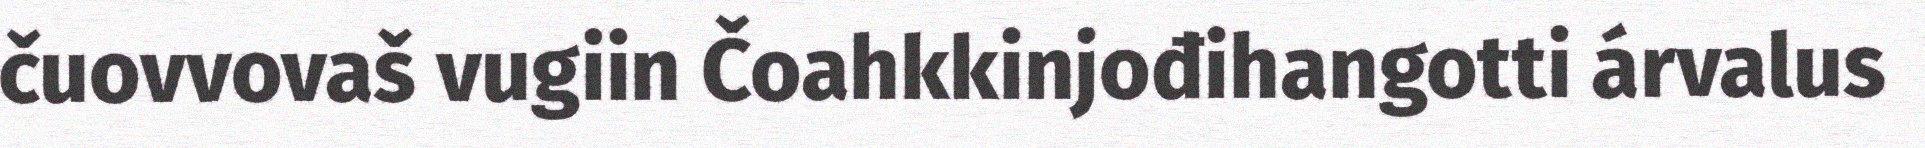
čuovvovaš vugiin Čoahkkinjođihangotti árvalus